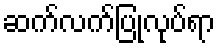
ဆက်လက်ပြုလုပ်ရာ